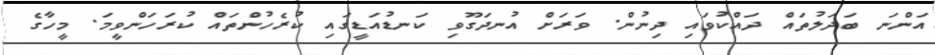
އަންނަ ބަދަލުތައް ދައްކުވައި ދިނުން. ވަރަށް އުނދަގޫވި ކަނޑުއަޑީގައި ކުރެހުންތައް ކުރަހަންވީމަ. މީހާގެ